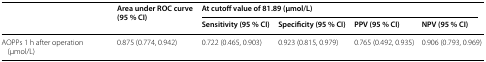
| <ROWSPAN=2>  | <ROWSPAN=2> Area under ROC curve (95 % CI) | <COLSPAN=4> At cutoff value of 81.89 (μmol/L) |
 | Sensitivity (95 % CI) | Specificity (95 % CI) | PPV (95 % CI) | NPV (95 % CI) |
 | --- | --- | --- | --- | --- | --- |
 | AOPPs 1 h after operation (μmol/L) | 0.875 (0.774, 0.942) | 0.722 (0.465, 0.903) | 0.923 (0.815, 0.979) | 0.765 (0.492, 0.935) | 0.906 (0.793, 0.969) |